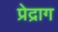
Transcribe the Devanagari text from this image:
प्रेद्राग